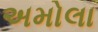
અમોલા